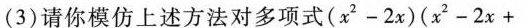
(3)请你模仿上述方法对多项式(x^{2}-2x)(x^{2}-2x+2)+1进行因式分解